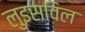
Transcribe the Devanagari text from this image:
लुइसविल